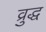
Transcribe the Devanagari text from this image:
व्रुद्ध